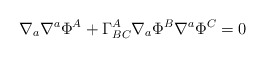
\begin{align*}\nabla _{a}\nabla ^{a}\Phi ^{A}+\Gamma _{BC}^{A}\nabla _{a}\Phi ^{B}\nabla^{a}\Phi ^{C}=0 \end{align*}